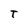
Character: T